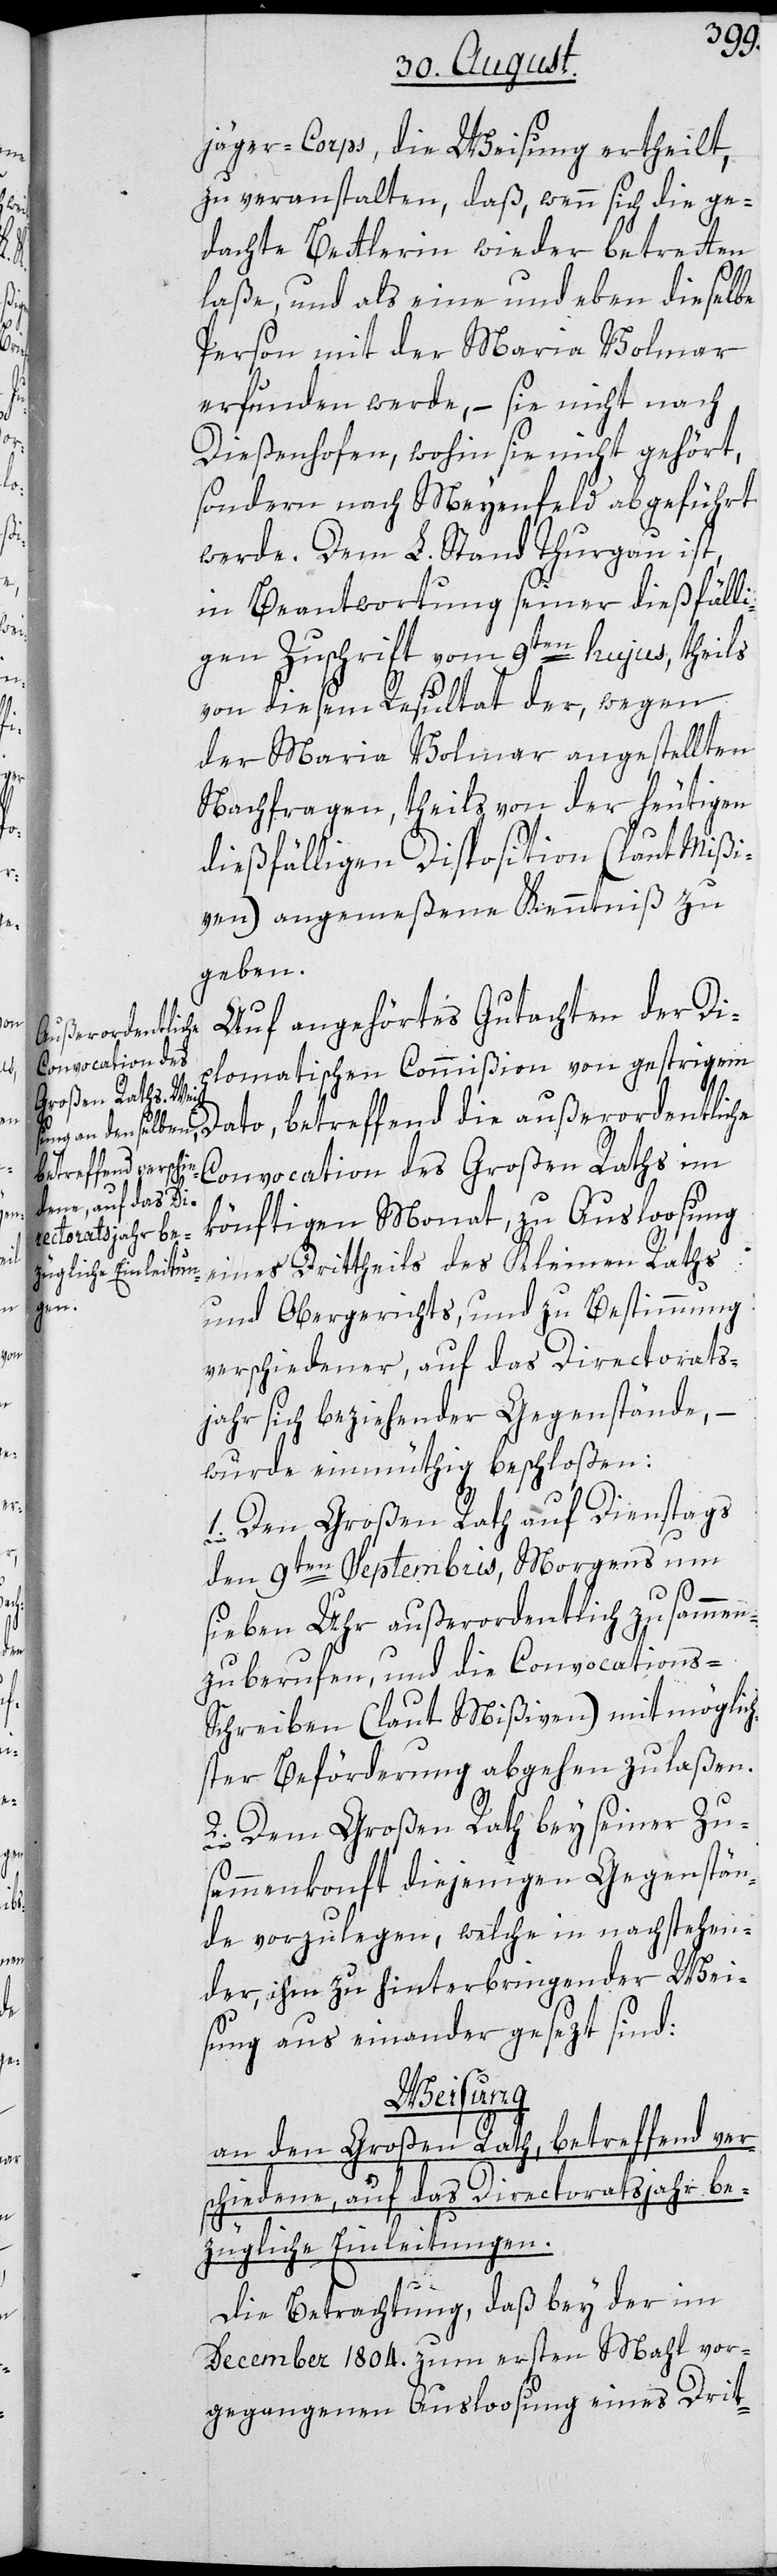
jäger-Corps, die Weisung ertheilt,
zu veranstalten, daß, wenn sich die ge¬
dachte Bettlerin wieder betretten
laße, und als eine und eben dieselbe
Person mit der Maria Volmar
erfunden werde, – sie nicht nach
Dießenhofen, wohin sie nicht gehört,
sondern nach Mayenfeld abgeführt
werde. Dem L. Stand Thurgau ist,
in Beantwortung seiner dießfälli¬
gen Zuschrift vom 9ten hujus, theils
von diesem Resultat der, wegen
der Maria Volmar angestellten
Nachfragen, theils von der heutigen
dießfälligen Disposition (laut Mißi¬
ven) angemeßene Kenntniß zu
geben.
Auf angehörtes Gutachten der Di¬
außerordentliche
plomatischen Commißion von gestrigem
Convocation des Großen Raths im
betreffend die
könftigen Monat, zu Ausloosung
eines Drittheils des Kleinen Raths
und Obergerichts, und zu Bestimmung
verschiedener, auf das Directorats¬
jahr sich beziehender Gegenstände, –
wurde einmüthig beschloßen:
1. Den Großen Rath auf Dienstags
den 9ten Septembris, Morgens um
sieben Uhr außerordentlich zusammen
zu berufen, und die Convocations-S¬
chreiben (laut Mißiven) mit möglic¬
hster Beförderung abgehen zu laßen.
2. Dem Großen Rath bey seiner Zu¬
sammenkonft diejenigen Gegenstän¬
de vorzulegen, welche in nachstehen¬
der, ihm zu hinterbringender Wei¬
sung auseinander gesezt sind:
Weisung
an den Großen Rath, betreffend ver¬
schiedene, auf das Directoratsjahr be¬
zügliche Einleitungen.
Die Betrachtung, daß bey der im
December 1804. zum ersten Mahl vor¬
gegangenen Ausloosung eines Drit-